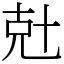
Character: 兙